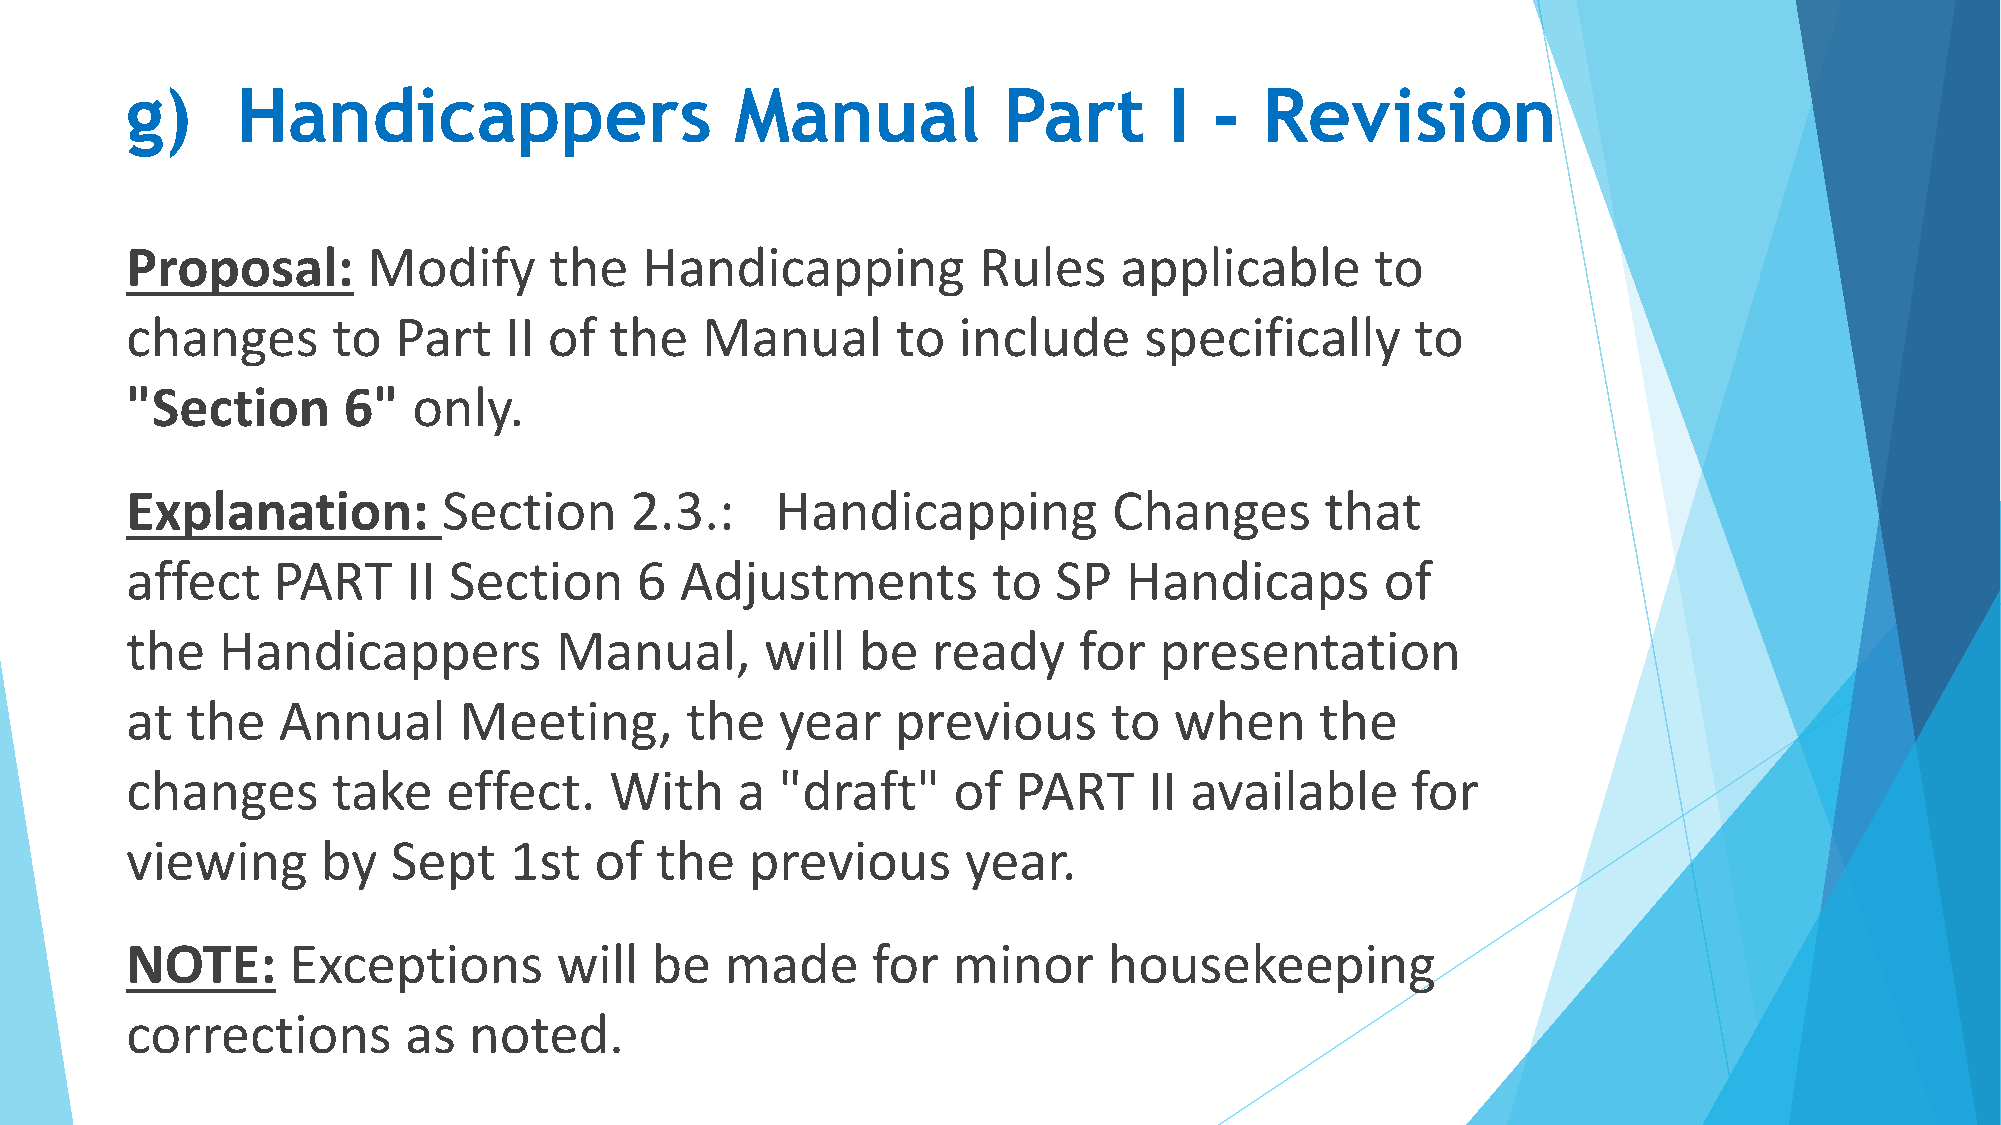
g)      Handicappers                     Manual           Part       I  -   Revision
 Proposal:       Modify      the   Handicapping           Rules    applicable       to
 changes       to  Part   II of  the   Manual       to  include      specifically      to
 "Section       6"  only.
 Explanation:         Section      2.3.:    Handicapping           Changes       that
 affect    PART     II Section     6  Adjustments          to  SP  Handicaps         of
 the   Handicappers           Manual,       will  be   ready    for   presentation
 at  the   Annual      Meeting,       the    year   previous       to  when     the
 changes       take    effect.   With     a  "draft"    of  PART     II available     for
 viewing      by   Sept    1st  of  the    previous      year.
 NOTE:      Exceptions        will  be   made      for  minor     housekeeping
 corrections        as  noted.